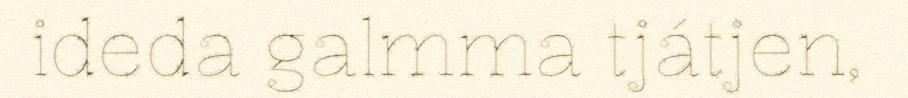
ideda galmma tjátjen,